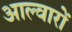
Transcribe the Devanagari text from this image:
आल्वारों